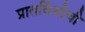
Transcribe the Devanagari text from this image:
प्रातर्विधीची